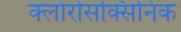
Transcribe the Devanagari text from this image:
क्लोरोसक्सिनिक